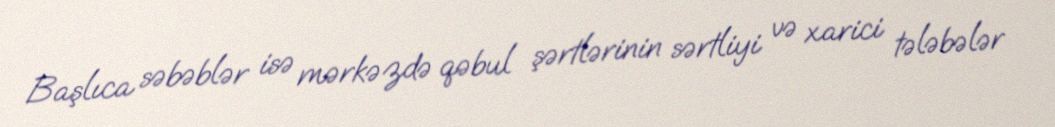
Başlıca səbəblər isə mərkəzdə qəbul şərtlərinin sərtliyi və xarici tələbələr